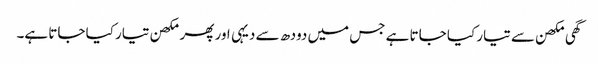
گھی مکھن سے تیار کیا جاتا ہے جس میں دودھ سے دیہی اور پھر مکھن تیار کیا جاتا ہے۔